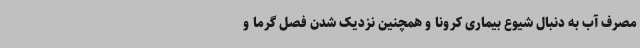
مصرف آب به دنبال شیوع بیماری کرونا و همچنین نزدیک شدن فصل گرما و